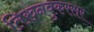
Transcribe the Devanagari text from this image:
तिरुनवुकरसर